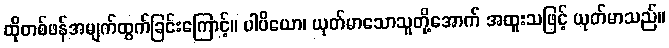
ထိုတစ်ဖန်အမျက်ထွက်ခြင်းကြောင့်။ ပါပိယော၊ ယုတ်မာသောသူတို့အောက် အထူးသဖြင့် ယုတ်မာသည်။